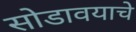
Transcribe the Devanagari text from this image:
सोडावयाचे